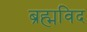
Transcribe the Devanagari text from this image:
ब्रह्मविद